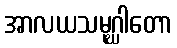
အာလယသမုဂ္ဃါတော